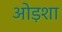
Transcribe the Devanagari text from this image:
ओड़शा